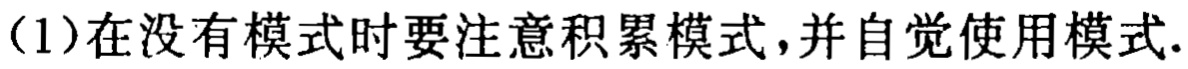
（1）在没有模式时要注意积累模式，并自觉使用模式.